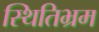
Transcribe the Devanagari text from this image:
स्थितिभ्रम